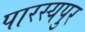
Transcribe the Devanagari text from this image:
पारस्यपुर